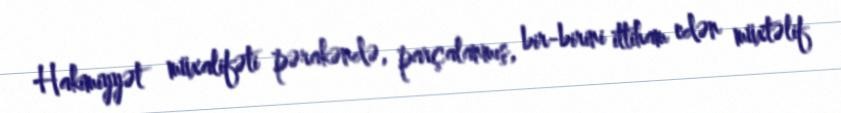
Hakimiyyət müxalifəti pərakəndə, parçalanmış, bir-birini ittiham edən müxtəlif